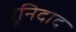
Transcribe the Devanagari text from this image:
यूनिदाद